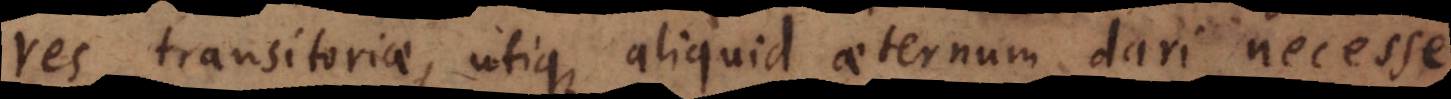
res transitoriae, utique aliquid aeternum dari necesse